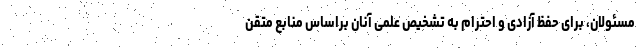
مسئولان، برای حفظ آزادی و احترام به تشخیص علمی آنان براساس منابع متقن